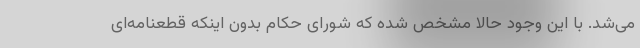
می‌شد. با این وجود حالا مشخص شده که شورای حکام بدون اینکه قطعنامه‌ای